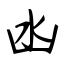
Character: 凼